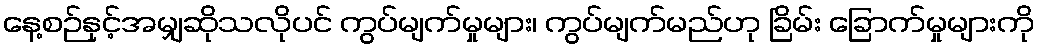
နေ့စဉ်နှင့်အမျှဆိုသလိုပင် ကွပ်မျက်မှုများ၊ ကွပ်မျက်မည်ဟု ခြိမ်း ခြောက်မှုများကို